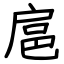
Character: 扈